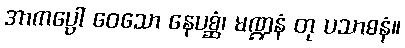
အာကပ္ပော ဝေသော နေပစ္ဆံ၊ မဏ္ဍနံ တု ပသာဓနံ။